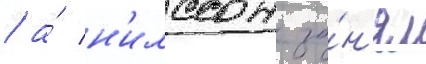
/ а́ н'илссон за́н'ял